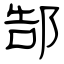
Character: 郜